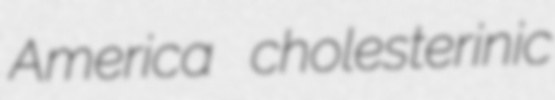
America cholesterinic